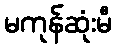
မကုန်ဆုံးမီ